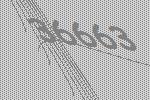
36663